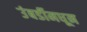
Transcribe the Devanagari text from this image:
उंबर्डीमधून